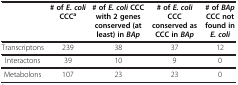
<table><thead><tr><td><b> </b></td><td><b># of <i>E. coli </i>CCC<sup>a</sup></b></td><td><b># of <i>E. coli </i>CCC with 2 genes conserved (at least) in <i>BAp</i></b></td><td><b># of <i>E. coli </i>CCC conserved as CCC in <i>BAp</i></b></td><td><b># of <i>BAp </i>CCC not found in <i>E. coli</i></b></td></tr></thead><tbody><tr><td>Transcriptons</td><td>239</td><td>38</td><td>37</td><td>12</td></tr><tr><td>Interactons</td><td>39</td><td>10</td><td>9</td><td>0</td></tr><tr><td>Metabolons</td><td>107</td><td>23</td><td>23</td><td>0</td></tr></tbody></table>